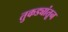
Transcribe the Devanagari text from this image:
तुकड्यांतून